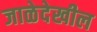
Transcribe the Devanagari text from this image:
जाळेदेखील